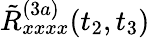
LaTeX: \tilde{R}_{xxxx}^{(3a)}(t_{2},t_{3})